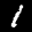
Label: 1